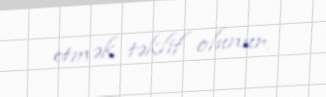
etmək təklif olunur.